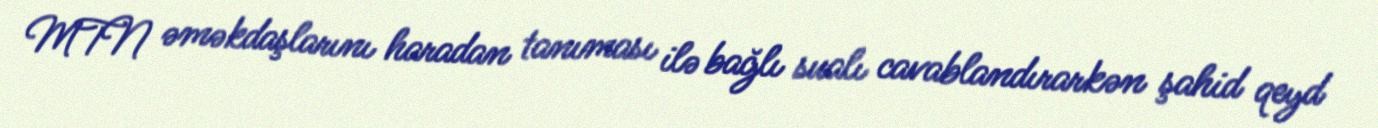
MTN əməkdaşlarını haradan tanıması ilə bağlı sualı cavablandırarkən şahid qeyd